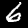
Digit: 6